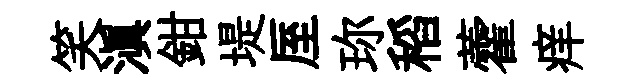
笑滇鉗堤厔珎稻藿痒